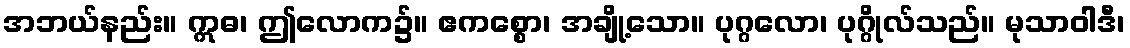
အဘယ်နည်း။ ဣဓ၊ ဤလောက၌။ ဧကစ္စော၊ အချို့သော။ ပုဂ္ဂလော၊ ပုဂ္ဂိုလ်သည်။ မုသာဝါဒီ၊